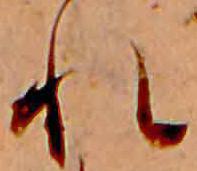
れ